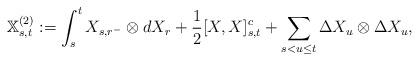
LaTeX: \begin{align*}\mathbb{X}^{(2)}_{s,t}:=\int_s^t X_{s,r^-}\otimes dX_r+\frac{1}{2}[X,X]^c_{s,t}+\sum_{s< u \leq t}\Delta X_u\otimes\Delta X_u ,\end{align*}